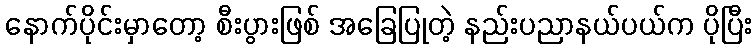
နောက်ပိုင်းမှာတော့ စီးပွားဖြစ် အခြေပြုတဲ့ နည်းပညာနယ်ပယ်က ပိုပြီး